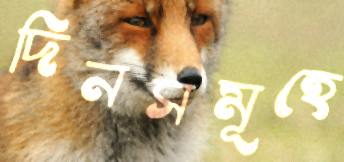
দিনসমূহে